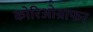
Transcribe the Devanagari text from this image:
कोरिओग्राफर